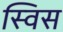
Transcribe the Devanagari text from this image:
स्‍विस